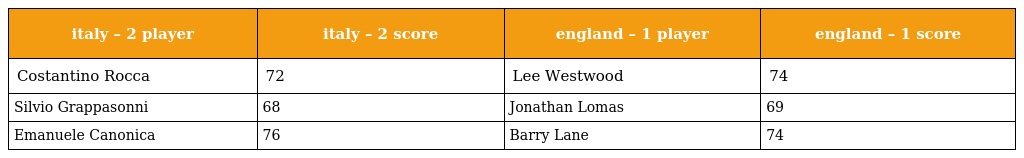
| italy – 2 player | italy – 2 score | england – 1 player | england – 1 score |
 | --- | --- | --- | --- |
 | Costantino Rocca | 72 | Lee Westwood | 74 |
 | Silvio Grappasonni | 68 | Jonathan Lomas | 69 |
 | Emanuele Canonica | 76 | Barry Lane | 74 |